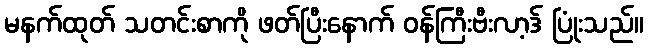
မနက်ထုတ် သတင်းစာကို ဖတ်ပြီးနောက် ဝန်ကြီးဗီးလာ့ဒ် ပြုံးသည်။